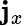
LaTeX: \mathbf{j}_{x}